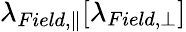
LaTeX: \lambda_{Field,\parallel}[\lambda_{Field,\perp}]